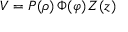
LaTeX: V = P ( \rho ) \, \Phi ( \varphi ) \, Z ( z )